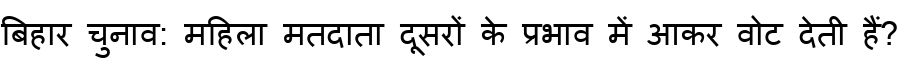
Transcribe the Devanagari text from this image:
बिहार चुनाव: महिला मतदाता दूसरों के प्रभाव में आकर वोट देती हैं?